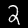
Label: 2